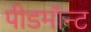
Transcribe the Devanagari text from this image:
पीडमॉन्ट